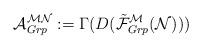
LaTeX: \begin{align*}\mathcal{A}^{\mathcal{M}\mathcal{N}}_{Grp}:=\Gamma(D(\tilde{\mathcal{F}}_{Grp}^{\mathcal{M}}(\mathcal{N})))\end{align*}